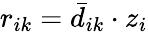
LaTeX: r_{ik}=\bar{d}_{ik}\cdot z_{i}